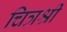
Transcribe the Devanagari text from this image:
चित्रश्री